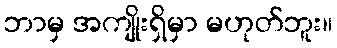
ဘာမှ အကျိုးရှိမှာ မဟုတ်ဘူး။